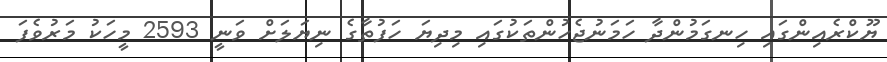
ޔޫކްރެއިންގައި ހިނގަމުންދާ ހަމަނުޖެހުންތަކުގައި މިދިޔަ ހަފުތާގެ ނިޔަލަށް ވަނީ 2593 މީހަކު މަރުވެފަ